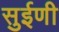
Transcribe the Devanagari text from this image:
सुईणी